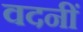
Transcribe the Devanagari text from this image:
वदनीं